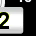
Digit: 2